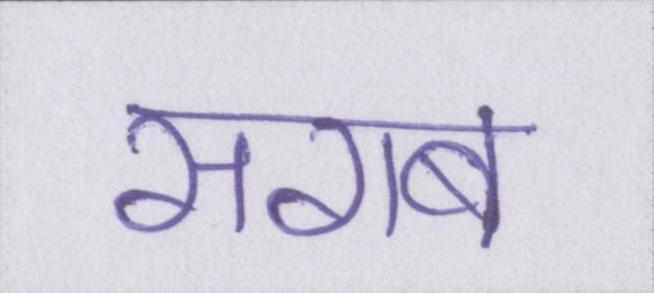
सराब